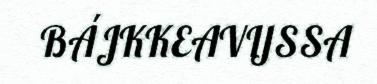
BÁJKKEAVIJSSA